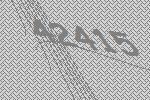
42415